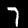
Label: 7